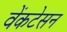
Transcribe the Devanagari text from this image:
वेंकटेसन